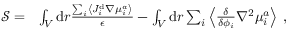
\begin{array} { r l } { \mathcal { S } = } & { \int _ { V } \mathrm { d } r \frac { \sum _ { i } \left\langle J _ { i } ^ { \mathrm { d } } \nabla { \mu } _ { i } ^ { a } \right\rangle } { \epsilon } - \int _ { V } \mathrm { d } r \sum _ { i } \left\langle \frac { \delta } { \delta { \phi _ { i } } } \nabla ^ { 2 } \mu _ { i } ^ { a } \right\rangle \, , } \end{array}